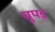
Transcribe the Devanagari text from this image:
चुपड़